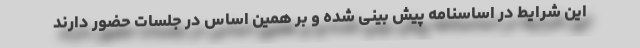
این شرایط در اساسنامه پیش بینی شده و بر همین اساس در جلسات حضور دارند